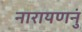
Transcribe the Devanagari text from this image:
नारायणनुं